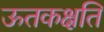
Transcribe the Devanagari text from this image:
ऊतकक्षति